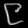
Digit: ၉